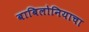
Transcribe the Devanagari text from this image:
बाबिलोनियाचा